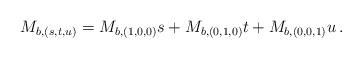
LaTeX: \begin{align*}M_{b,(s,t,u)} &= M_{b,(1,0,0)}s+M_{b,(0,1,0)}t+M_{b,(0,0,1)}u\,. \end{align*}